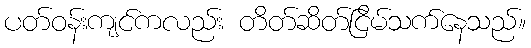
ပတ်ဝန်းကျင်ကလည်း တိတ်ဆိတ်ငြိမ်သက်နေသည်။